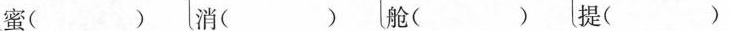
蜜( ) 消( ) 舱( ) 提()